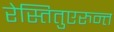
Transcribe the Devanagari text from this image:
रेस्तितुएरुन्त